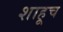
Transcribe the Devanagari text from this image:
शाहूच